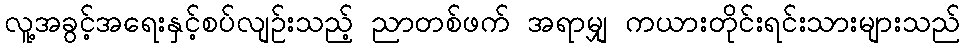
လူ့အခွင့်အရေးနှင့်စပ်လျဉ်းသည့် ညာတစ်ဖက် အရာမျှ ကယားတိုင်းရင်းသားများသည်